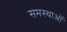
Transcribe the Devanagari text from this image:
समस्थाओं